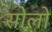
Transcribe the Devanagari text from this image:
सोलों